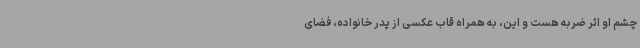
چشم او اثر ضربه هست و این، به همراه قاب عکسی از پدر خانواده، فضای